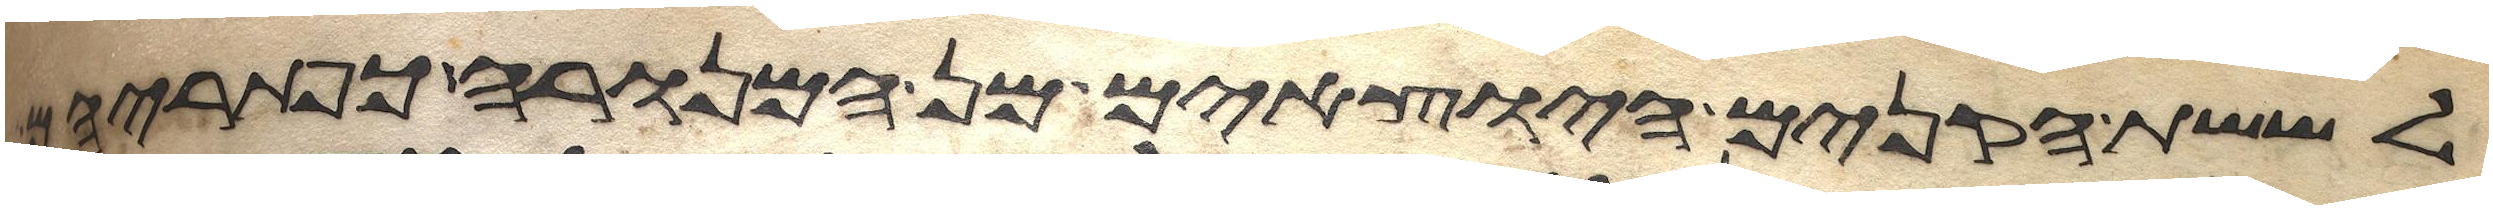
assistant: לששת הקנים היוצאים מן המנורה כפתריהם